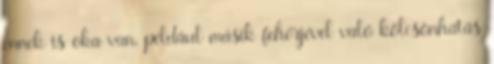
ennek is oka van, például másik fehérjével való kölcsönhatás